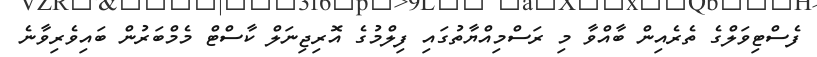
ފެސްޓިވަލްގެ ތެރެއިން ބާއްވާ މި ރަސްމިއްޔާތުގައި ފިލްމުގެ އޮރިޖިނަލް ކާސްޓް މެމްބަރުން ބައިވެރިވާނެ